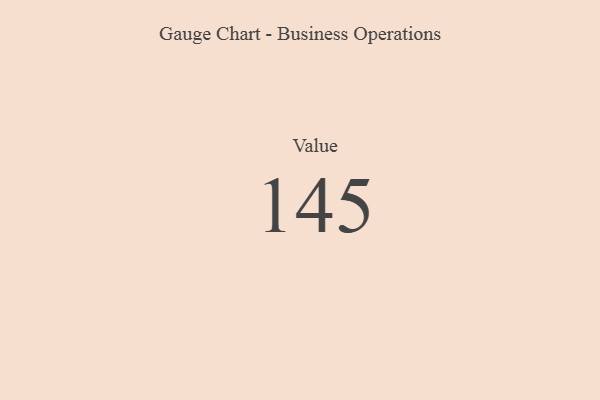
{"axis": {"x": "Metric", "y": "Value"}, "legend": [""], "data": [{"x": "Value", "y": 145, "type": ""}]}